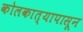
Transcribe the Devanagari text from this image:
कोलकात्यापासून